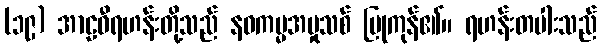
(၁၉) အာဠဝီရဟန်းတို့သည် နဝကမ္မအမှုသစ် ပြုကုန်၏။ ရဟန်းတပါးသည်